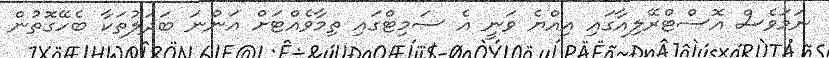
ނަމަވެސް އޮސްޓްރޭލިއާގައި އިއްޔެ ވަނީ އެ ސަމިޓްގައި ތިމާވެއްޓަށް އަންނަ ބަދަލުތަކާ ބެހޭގޮތުން